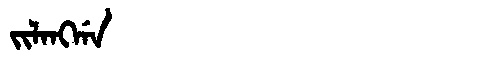
Manchu: ᠵᡳᠯᠠᠩᡤᠠ
Romanization: JILANGGA